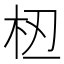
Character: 𫞈